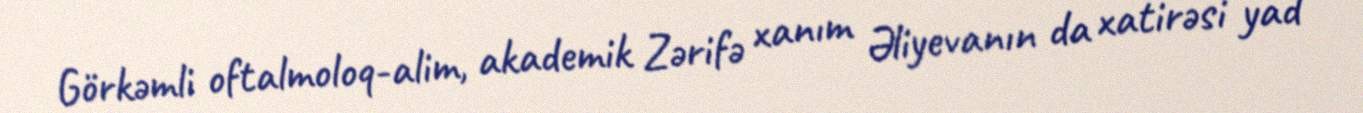
Görkəmli oftalmoloq-alim, akademik Zərifə xanım Əliyevanın da xatirəsi yad